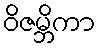
ဝိဇမ္ဘိကာ